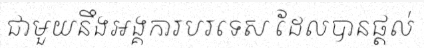
ជាមួយនឹងអង្គការបរទេស ដែលបានផ្តល់